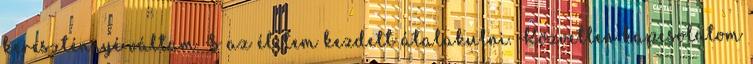
kereszténnyé váltam. S az életem kezdett átalakulni. Közvetlen kapcsolatom